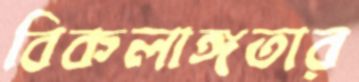
বিকলাঙ্গতার